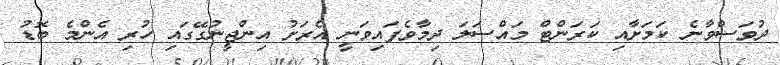
ދުވަސްވާނެ ކަމަށާއި ކަރަންޓް މައްސަލަ ދިމާވެފައިވަނީ އެރަށު އިންޖީނުގޭގައި ހުރި އެންމެ ބޮޑު